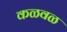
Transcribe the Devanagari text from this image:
कळवळ